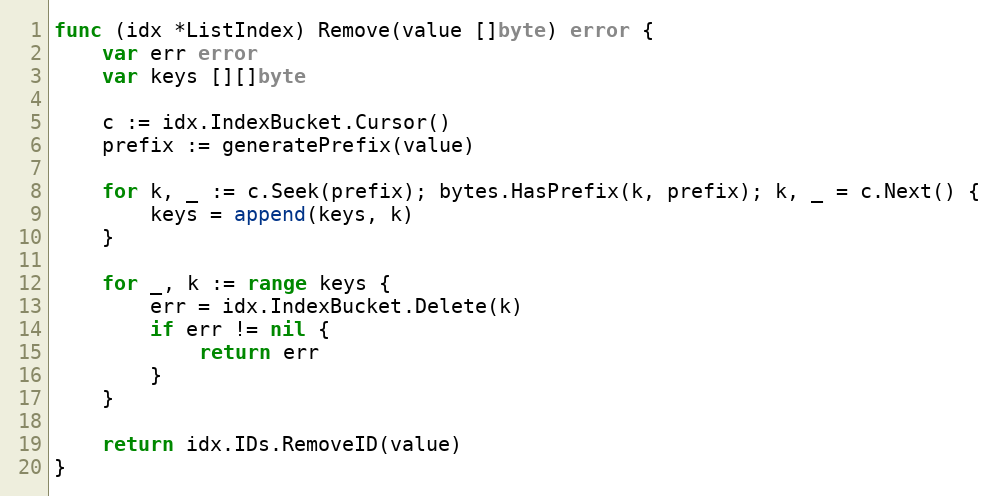
Language: Go
func (idx *ListIndex) Remove(value []byte) error {
	var err error
	var keys [][]byte

	c := idx.IndexBucket.Cursor()
	prefix := generatePrefix(value)

	for k, _ := c.Seek(prefix); bytes.HasPrefix(k, prefix); k, _ = c.Next() {
		keys = append(keys, k)
	}

	for _, k := range keys {
		err = idx.IndexBucket.Delete(k)
		if err != nil {
			return err
		}
	}

	return idx.IDs.RemoveID(value)
}